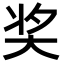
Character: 奖